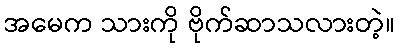
အမေက သားကို ဗိုက်ဆာသလားတဲ့။